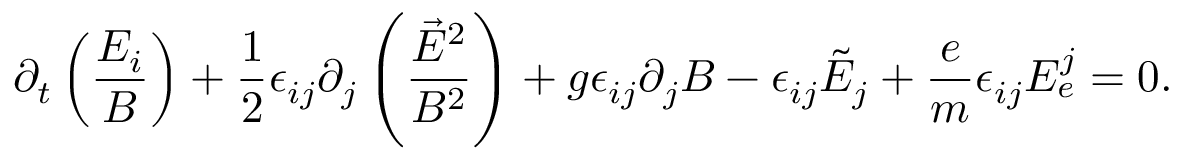
\partial _ { t } \left( \frac { E _ { i } } { B } \right) + \frac { 1 } { 2 } \epsilon _ { i j } \partial _ { j } \left( \frac { \vec { E } ^ { 2 } } { B ^ { 2 } } \right) + g \epsilon _ { i j } \partial _ { j } B - \epsilon _ { i j } \tilde { E } _ { j } + \frac { e } { m } \epsilon _ { i j } E _ { e } ^ { j } = 0 .